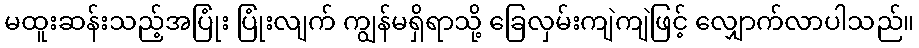
မထူးဆန်းသည့်အပြုံး ပြုံးလျက် ကျွန်မရှိရာသို့ ခြေလှမ်းကျဲကျဲဖြင့် လျှောက်လာပါသည်။